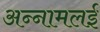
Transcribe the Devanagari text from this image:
अन्‍नामलई